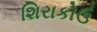
શિરાકોઉ